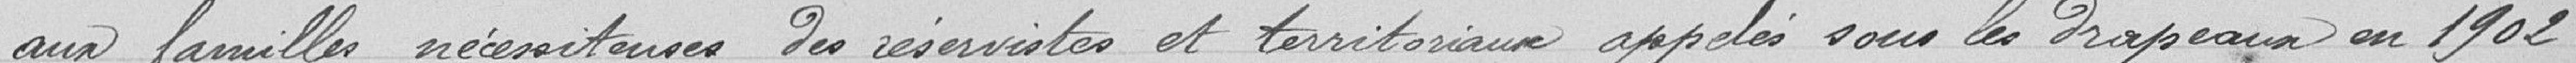
aux familles nécessiteuses des réservistes et territoriaux appelés sous les drapeaux en 1902.